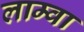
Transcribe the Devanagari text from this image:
लाम्वा